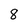
Character: 8